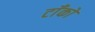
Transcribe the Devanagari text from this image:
टाँको